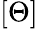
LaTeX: [\Theta]